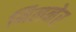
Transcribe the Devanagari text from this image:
मिलनेर